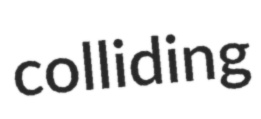
colliding